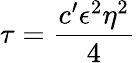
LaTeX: \tau=\frac{c^{\prime}\epsilon^{2}\eta^{2}}{4}